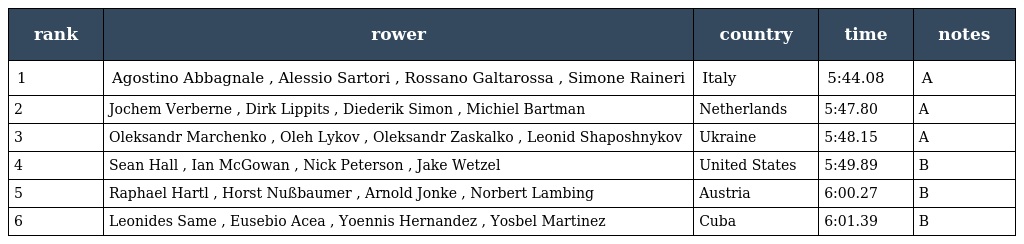
| rank | rower | country | time | notes |
 | --- | --- | --- | --- | --- |
 | 1 | Agostino Abbagnale , Alessio Sartori , Rossano Galtarossa , Simone Raineri | Italy | 5:44.08 | A |
 | 2 | Jochem Verberne , Dirk Lippits , Diederik Simon , Michiel Bartman | Netherlands | 5:47.80 | A |
 | 3 | Oleksandr Marchenko , Oleh Lykov , Oleksandr Zaskalko , Leonid Shaposhnykov | Ukraine | 5:48.15 | A |
 | 4 | Sean Hall , Ian McGowan , Nick Peterson , Jake Wetzel | United States | 5:49.89 | B |
 | 5 | Raphael Hartl , Horst Nußbaumer , Arnold Jonke , Norbert Lambing | Austria | 6:00.27 | B |
 | 6 | Leonides Same , Eusebio Acea , Yoennis Hernandez , Yosbel Martinez | Cuba | 6:01.39 | B |